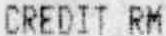
CREDIT RM